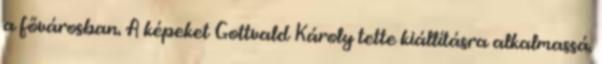
a fővárosban. A képeket Gottvald Károly tette kiállításra alkalmassá.